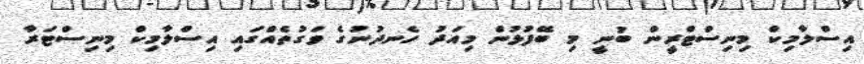
އިސްލާމިކް މިނިސްޓްރީން ބުނީ މި ބޭފުޅުން މިއަދު ހެނދުނުގެ ވަގުތެއްގައި އިސްލާމިކް މިނިސްޓަރާ